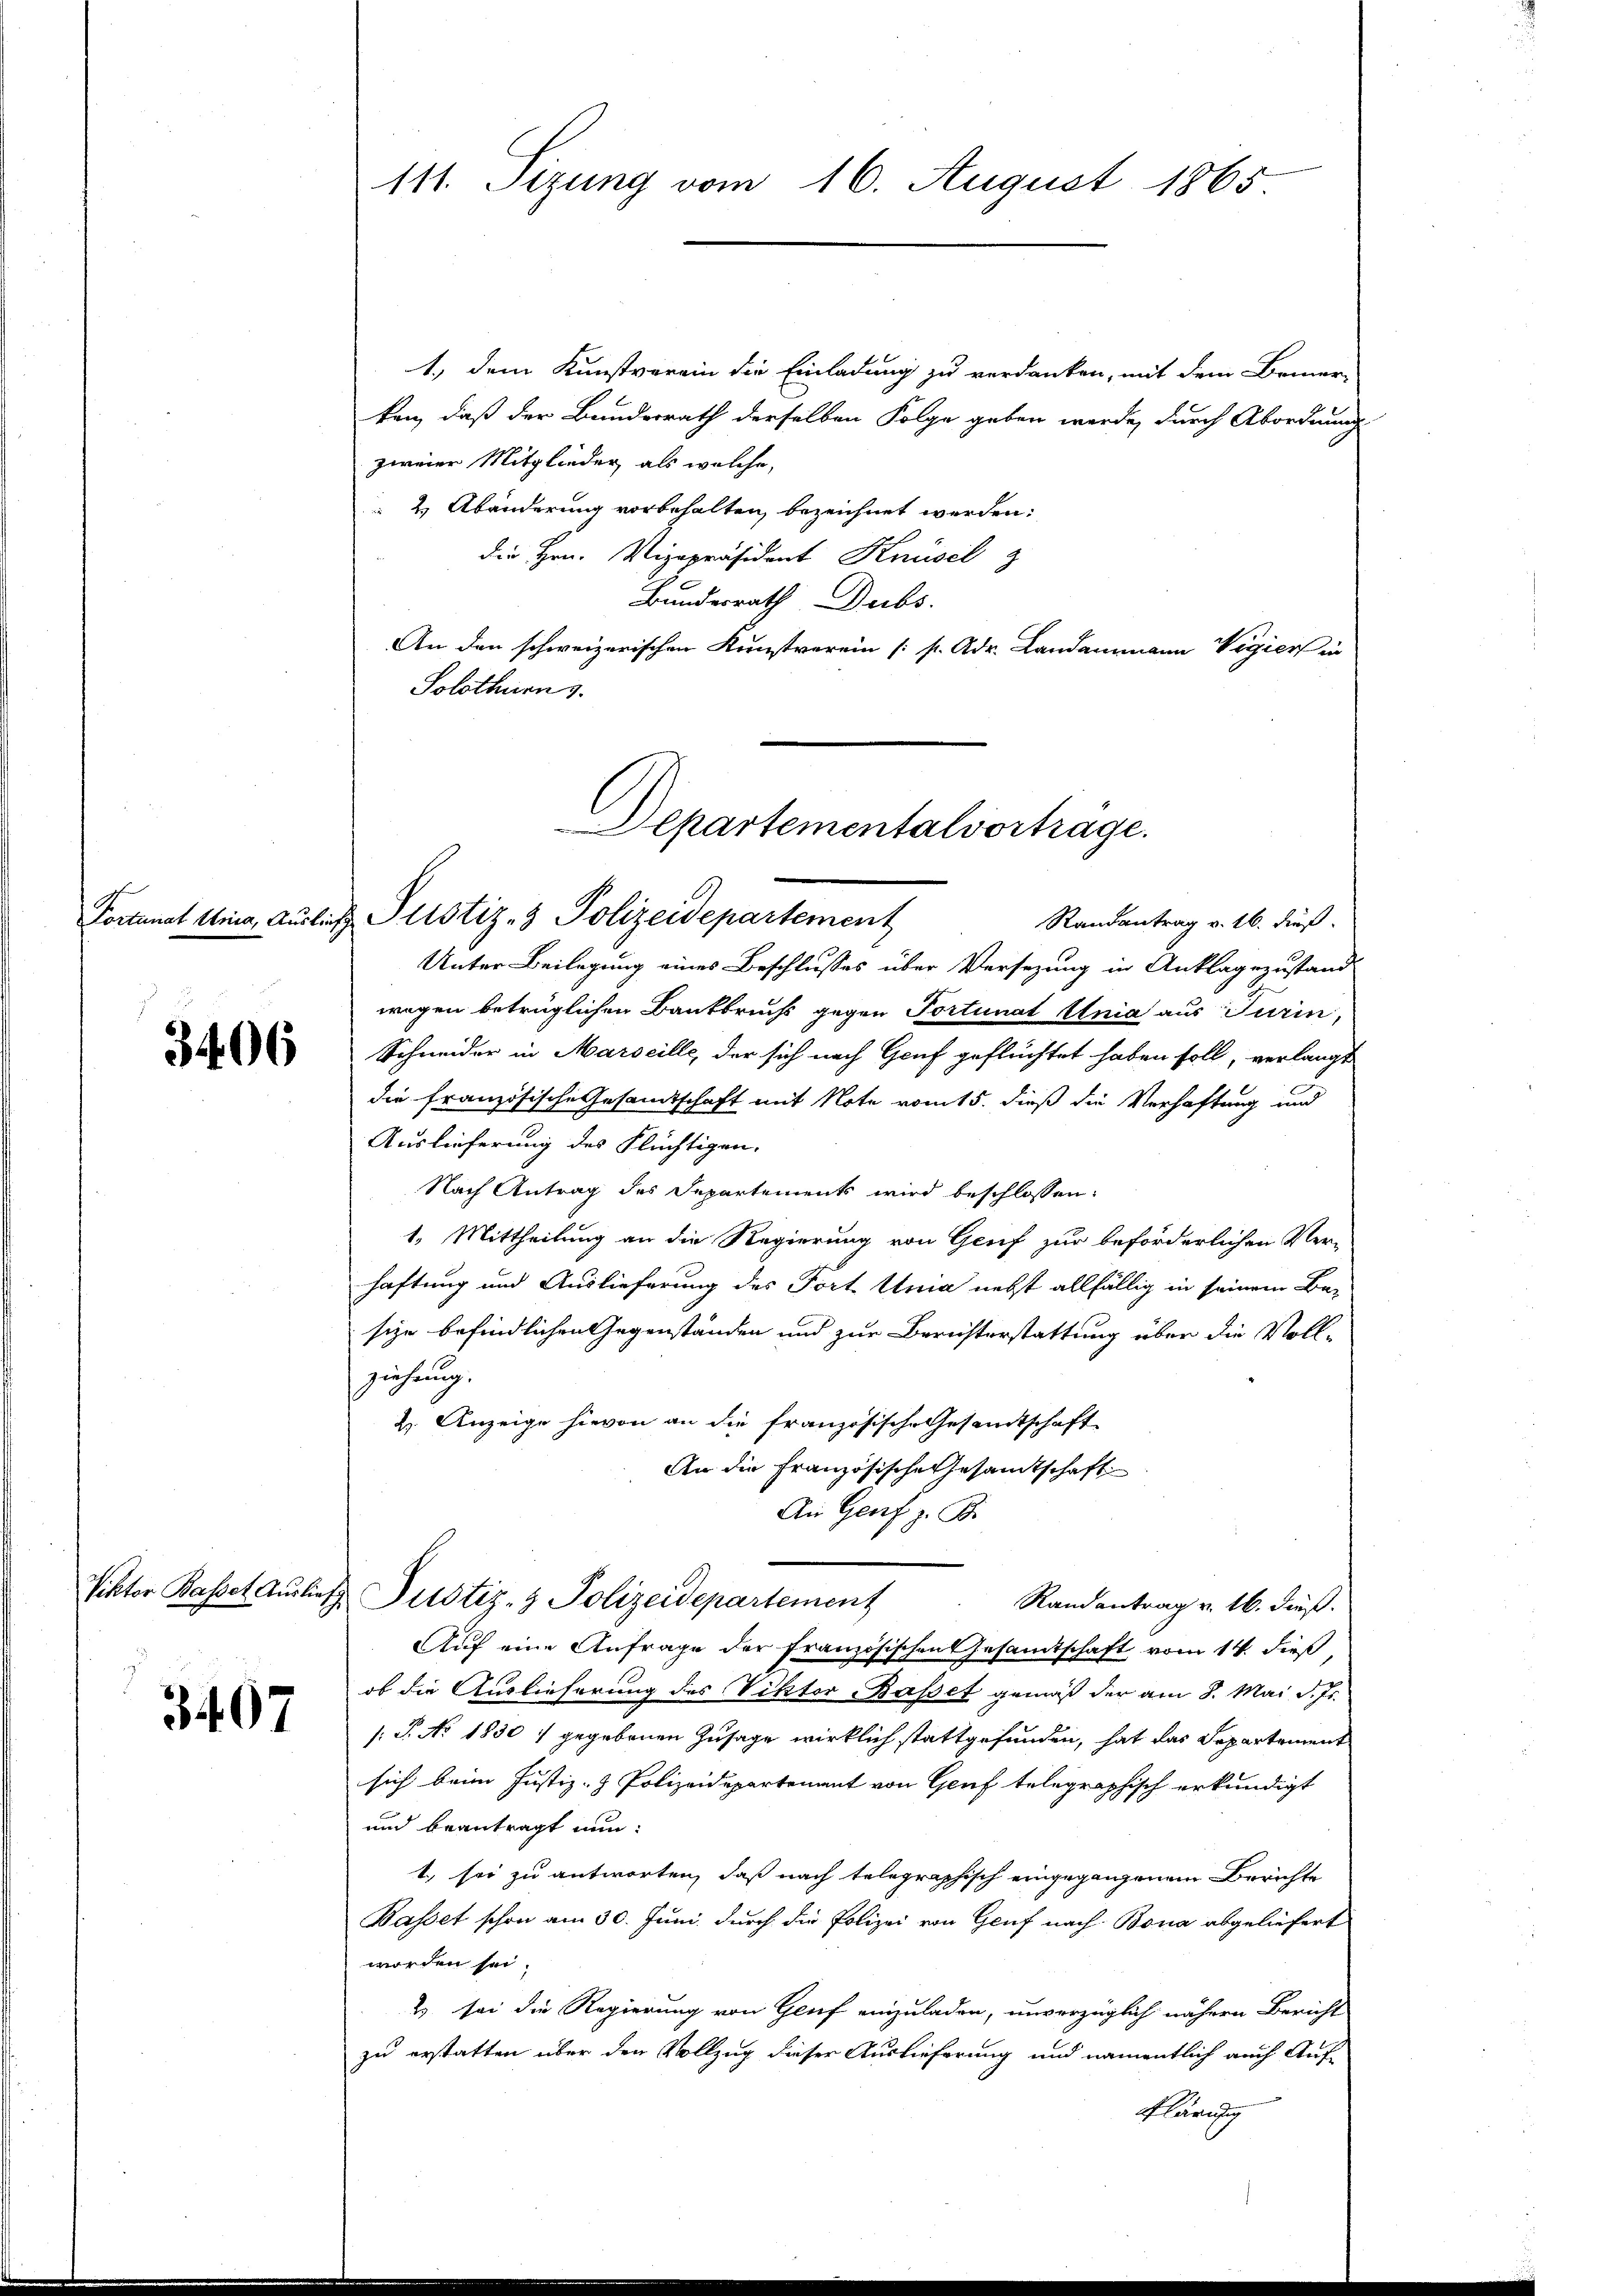
3406

3407

111. Sizung vom 16. August 1865

Departementalvortrage.
Fortunat Anna, Auslich Pustiz- & Polizeidepartement
Randantrag v. 16. dieß.

1., dem Kunstverein die Einladung zu verdanken, mit dem Bemer-
ken, daß der Bundesrath derselben Folge geben werde, durch Abordnung
zweier Mitglieder, als welche,
 2. Abänderung vorbehalten, bezeichnet werden:
die Hrn. Vizepräsident Knüsel z
Bundesrath Dubs.
An den schweizerischen Kunstverein (s. Adr. Landammann Vigier in
Solothurn 3.
Unter Beilegung eines Beschlusses über Versezung in Anklagezustand
wegen betrüglichen Bankbruchs gegen Portunat Unia aus Turin,
Schneider in Marseille, der sich nach Genf geflüchtet haben soll, verlangt
die französische Gesandtschaft mit Note vom 15. dieß die Verhaftung und
Auslieferung des Flüchtigen.
Nach Antrag des Departements wird beschlossen:
1. Mittheilung an die Regierung von Genf zur beförderlichen Ver-
haftung und Auslieferung des Port. Unia nebst allfällig in seinem Be-
sizer befindlichen Gegenständen und zur Berichterstattung über die Voll-
ziehung.
H. Anzeige hievon an die französische Gesandtschaft
An die Französische Gesamtschaft
An Genf z. B.
Viktor Basset Auslief Justiz- & Polizeidepartement
Randantrag v. 16. dieß.
Auf eine Anfrage der französischen Gesamtschaft vom 14. dieß,
ob die Auslieferung des Viktor Basset gemäß der am 8. Mai d. Js.
s: P. No. 1830   gegebenen Zusage wirklich stattgefunden, hat das Departement
sich beim Justiz- & Polizeidepartement von Gruf telegraphisch erkundigt
und beantragt nun:
1, sei zu antworten, daß nach telegraphisch eingegangenem Berichte
Basset schon am 30. Juni durch die Polizei von Genf nach Bona abgeliefert
worden sei.
2 sei die Regierung von Genf einzuladen, unverzüglich nähern Bericht
zu erstatten über den Vollzug dieser Auslieferung und namentlich auch Auf-
Klärung